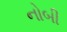
નોબી